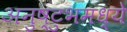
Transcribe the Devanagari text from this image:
अनुष्टुभमध्ये